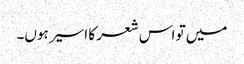
میں تو اس شعر کا اسیر ہوں۔